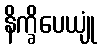
နိက္ခိပေယျုံ